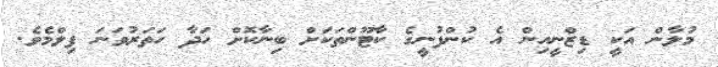
މުލާން އަކީ ޑިޒްނީއިން އެ ކުންފުނީގެ ކާޓޫންތަކަށް ބިނާކޮށް ހަދާ ހަތަރުވަނަ ފިލްމެެވެ.